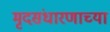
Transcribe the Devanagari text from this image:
मृदसंधारणाच्या